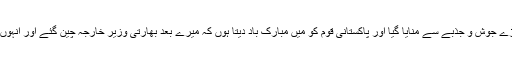
ان کا کہنا تھا کہ ‘پوری دنیا میں یوم سیاہ بڑے جوش و جذبے سے منایا گیا اور پاکستانی قوم کو میں مبارک باد دیتا ہوں کہ میرے بعد بھارتی وزیر خارجہ چین گئے اور انہوں نے میرے نکتے کے برعکس دلائل دیے’۔